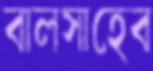
বালসাহেব